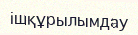
ішқұрылымдау